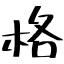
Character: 格